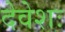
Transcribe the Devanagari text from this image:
देवेशः